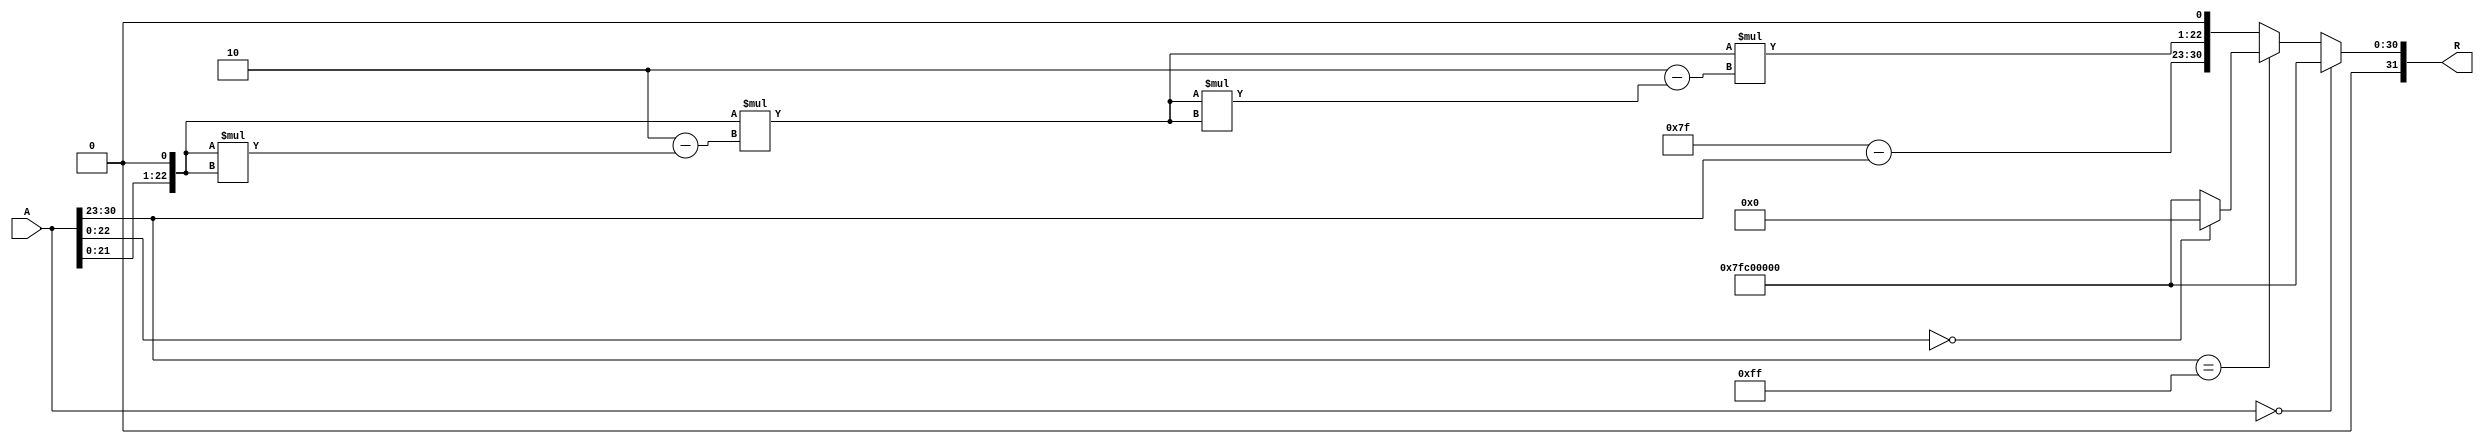
module floating_point_reciprocal (
    input wire [31:0] A,        // 32-bit input floating-point number
    output reg [31:0] R         // 32-bit output floating-point reciprocal
);

    // Internal signals
    wire [7:0] E;               // Exponent
    wire [22:0] M;              // Mantissa
    wire [22:0] M_approx;       // Approximated mantissa
    wire [7:0] R_exponent;      // Result exponent
    reg [23:0] R_mantissa;      // Result mantissa
    wire [7:0] adjusted_exponent;
    reg R_sign;                 // Result sign bit

    // Extract fields from input A
    assign E = A[30:23];
    assign M = A[22:0];

    always @* begin
        // Handle special cases
        if (A == 32'b0) begin
            // Input is zero; output should be NaN
            R = 32'h7FC00000; // NaN representation
        end else if (E == 8'b11111111) begin
            // Input is infinity or NaN
            if (M == 23'b0) begin
                // Input is infinity; output should be zero
                R = 32'b0;
            end else begin
                // Input is NaN; output should be NaN
                R = 32'h7FC00000; // NaN representation
            end
        end else begin
            // Normalized case
            R_sign = 1'b0; // Reciprocal of a positive number is positive

            // Adjust exponent: R_exponent = 127 - E
            adjusted_exponent = 127 - E;
            R_exponent = adjusted_exponent;

            // Approximate reciprocal of mantissa
            M_approx = (M << 1); // Shift left to treat as fixed point

            // Newton-Raphson Iteration for better approximation
            M_approx = M_approx * (2 - M_approx * M_approx); // 1st iteration
            M_approx = M_approx * (2 - M_approx * M_approx); // 2nd iteration

            // Prepare mantissa: R_mantissa = M_approx
            R_mantissa = {M_approx[22:0], 1'b0}; // Shift for normalization

            // Combine to form result
            R = {R_sign, R_exponent, R_mantissa[22:0]};
        end
    end
endmodule